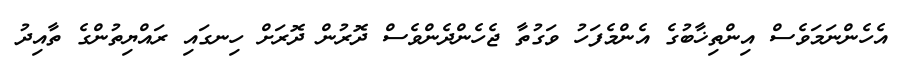
އެހެންނަމަވެސް އިންތިޚާބުގެ އެންމެފަހު ވަގުތާ ޖެހެންދެންވެސް ދޮރުން ދޮރަށް ހިނގައި ރައްޔިތުންގެ ތާއިދު